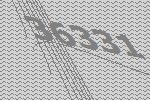
36331